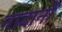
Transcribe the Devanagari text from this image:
नादानों